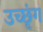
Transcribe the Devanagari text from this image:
उच्छृंग